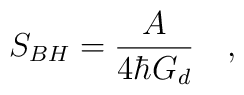
S_{BH} = {\frac{A}{4\hbar G_d}} \quad ,